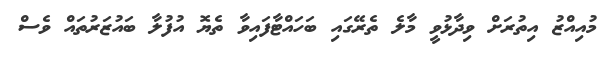
މުއިއްޒު އިތުރަށް ވިދާޅުވީ މާލެ ތެރޭގައި ބަހައްޓާފައިވާ ތެޔޮ އުފުލާ ބައުޒަރުތައް ވެސް